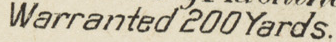
Warranted 200Yards